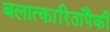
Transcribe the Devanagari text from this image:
बलात्‍कारितांपैकी